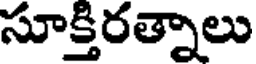
సూక్తిరత్నాలు